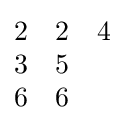
{\begin{matrix}2&2&4\\3&5\\6&6\end{matrix}}